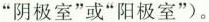
”阴极室”或”阳极室”)。